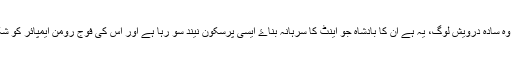
اس کو یقین نہیں آرہا تھا کہ یہ ہیں وہ سادہ درویش لوگ، یہ ہے ان کا بادشاہ جو اینٹ کا سرہانہ بناۓ ایسی پُرسکون نیند سو رہا ہے اور اس کی فوج رومن ایمپائر کو شکست دیتی ہوئی آگے بڑھ رہی ہے۔